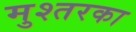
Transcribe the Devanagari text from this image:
मुश्तरका